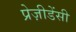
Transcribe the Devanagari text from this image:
प्रेज़ीडेंसी